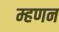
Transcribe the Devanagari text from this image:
म्हणन